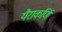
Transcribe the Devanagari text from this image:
यैराकर्णि